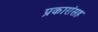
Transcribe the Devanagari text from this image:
प्रकारांसह